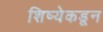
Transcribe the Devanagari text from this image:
शिष्येकडून